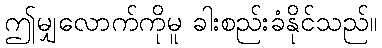
ဤမျှလောက်ကိုမူ ခါးစည်းခံနိုင်သည်။